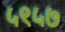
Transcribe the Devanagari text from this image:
५९५७